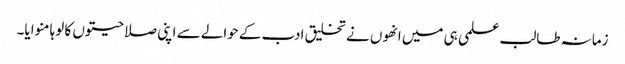
زمانہ طالب علمی ہی میں انھوں نے تخلیق ادب کے حوالے سے اپنی صلاحیتوں کا لوہا منوایا۔